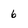
Character: 6